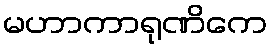
မဟာကာရုဏိကေ